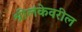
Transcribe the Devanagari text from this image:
श्रीलंकेवरील